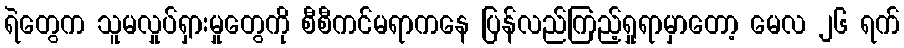
ရဲတွေက သူမလှုပ်ရှားမှုတွေကို စီစီကင်မရာကနေ ပြန်လည်ကြည့်ရှုရာမှာတော့ မေလ ၂၆ ရက်